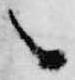
候